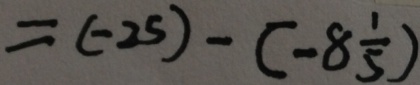
= ( - 2 5 ) - ( - 8 \frac { 1 } { 5 } )